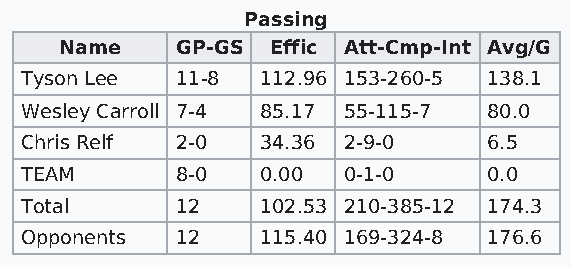
Passing
 Name    GP-GS Effic Att-Cmp-Int Avg/G
 Tyson Lee  11-8 112.96 153-260-5 138.1
 Wesley Carroll 7-4 85.17 55-115-7 80.0
 Chris Relf 2-0  34.36 2-9-0    6.5
 TEAM       8-0  0.00  0-1-0    0.0
 Total      12   102.53 210-385-12 174.3
 Opponents  12   115.40 169-324-8 176.6